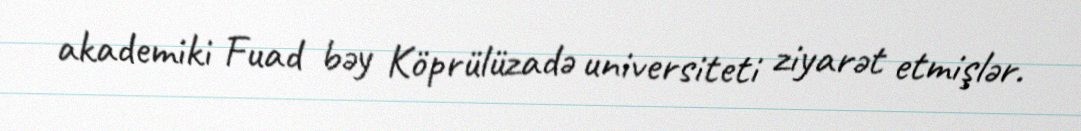
akademiki Fuad bəy Köprülüzadə universiteti ziyarət etmişlər.